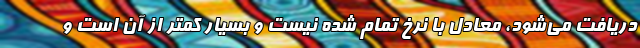
دریافت می‌شود، معادل با نرخ تمام شده نیست و بسیار کمتر از آن است و